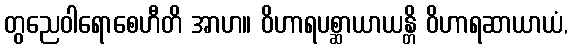
တွညေဝါရောစေဟီတိ အာဟ။ ဝိဟာရပစ္ဆာယာယန္တိ ဝိဟာရဆာယာယံ,